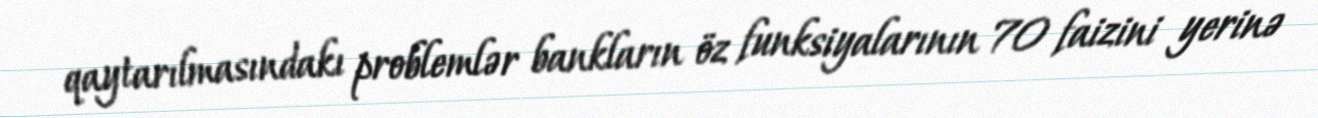
qaytarılmasındakı problemlər bankların öz funksiyalarının 70 faizini yerinə